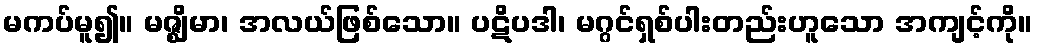
မကပ်မူ၍။ မဇ္ဈိမာ၊ အလယ်ဖြစ်သော။ ပဋိပဒါ၊ မဂ္ဂင်ရှစ်ပါးတည်းဟူသော အကျင့်ကို။